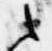
之